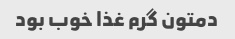
دمتون گرم غذا خوب بود